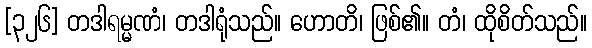
[၃၂၆] တဒါရမ္မဏံ၊ တဒါရုံသည်။ ဟောတိ၊ ဖြစ်၏။ တံ၊ ထိုစိတ်သည်။